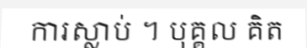
ការស្លាប់ ។ បុគ្គល គិត